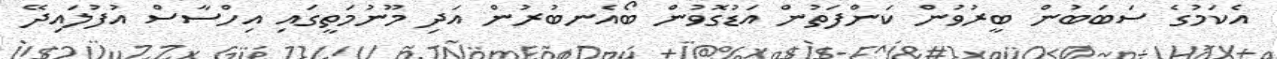
އެކަމުގެ ސަބަބުން ބީރުވުން ކަންފަތުން އަޑުގޮވުން ބޯއެނބުރުން އަދި މޫނުމަތީގައި އިހްސާސް އުފުލައިދޭ